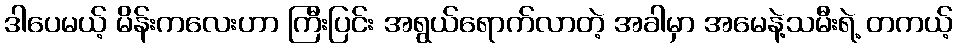
ဒါပေမယ့် မိန်းကလေးဟာ ကြီးပြင်း အရွယ်ရောက်လာတဲ့ အခါမှာ အမေနဲ့သမီးရဲ့ တကယ့်